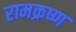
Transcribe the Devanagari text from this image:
रामक्रष्ण